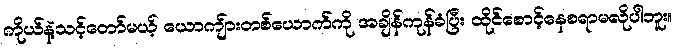
ကိုယ်နဲ့သင့်တော်မယ့် ယောကျ်ားတစ်ယောက်ကို အချိန်ကုန်ခံပြီး ထိုင်စောင့်နေစရာမလိုပါဘူး။